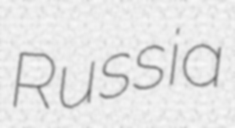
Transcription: Russia